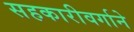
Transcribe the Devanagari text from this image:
सहकारीवर्गाने